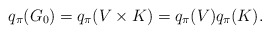
\begin{align*}q_\pi(G_0)=q_\pi(V\times K)=q_\pi(V)q_\pi(K). \end{align*}